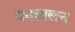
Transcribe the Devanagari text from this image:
कातालन